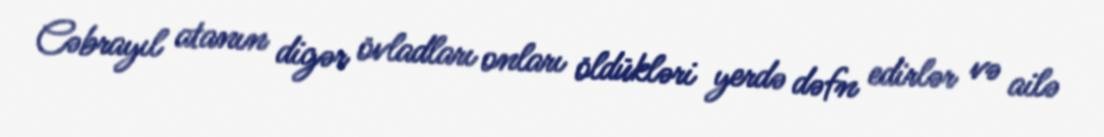
Cəbrayıl atanın digər övladları onları öldükləri yerdə dəfn edirlər və ailə